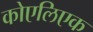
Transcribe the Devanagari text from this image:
कोएलिएक